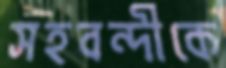
সহবন্দীকে